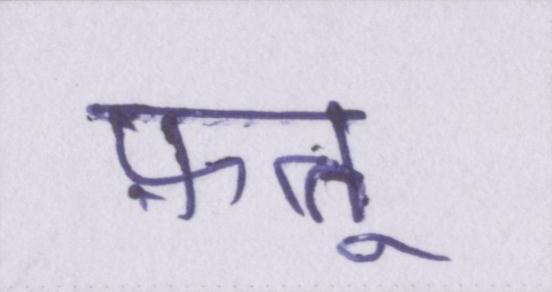
फ़त्तू